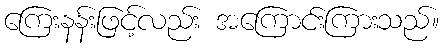
ကြေးနန်းဖြင့်လည်း အကြောင်းကြားသည်။